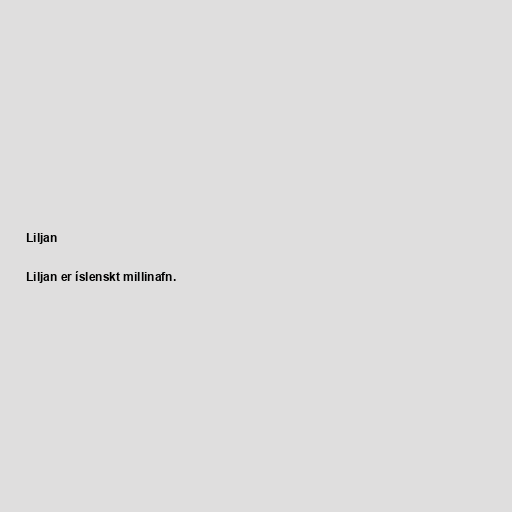
Liljan

Liljan er íslenskt millinafn.